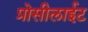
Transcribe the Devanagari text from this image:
प्रोसीलाईट